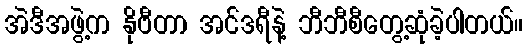
အဲဒီအဖွဲ့က နိုဗီတာ အင်ဒရီနဲ့ ဘီဘီစီတွေ့ဆုံခဲ့ပါတယ်။